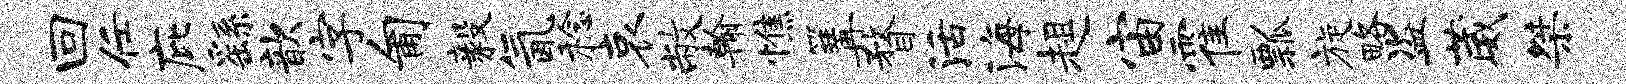
回任庇繇歆字匍毅氤稔哀敝翰憔篝瞀活海趄宙霍瓢旋略盗葳桀